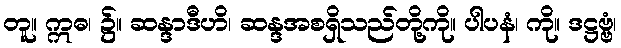
တူ။ ဣဓ၊ ၌။ ဆန္ဒာဒီဟိ၊ ဆန္ဒအစရှိသည်တို့ကို။ ပါပနံ၊ ကို။ ဒဋ္ဌဗ္ဗံ၊